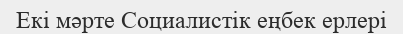
Екі мәрте Социалистік еңбек ерлері